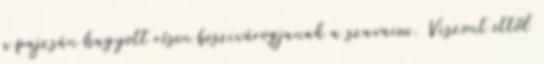
a pajzsán hagyott résen beszivárogjanak a szavaim. Viszont ettől